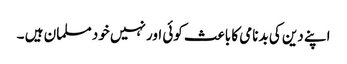
اپنے دین کی بدنامی کا باعث کوئی اور نہیں خود مسلمان ہیں ۔